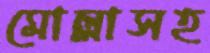
মোল্লাসহ